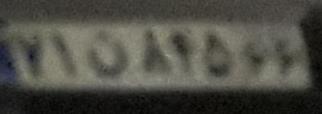
۷۱ن۸۴۵۶۶